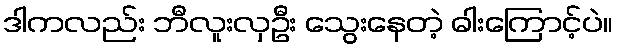
ဒါကလည်း ဘီလူးလှဦး သွေးနေတဲ့ ဓါးကြောင့်ပဲ။